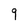
Character: 9